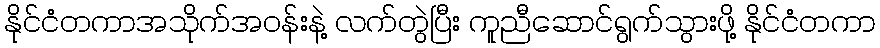
နိုင်ငံတကာအသိုက်အဝန်းနဲ့ လက်တွဲပြီး ကူညီဆောင်ရွက်သွားဖို့ နိုင်ငံတကာ